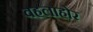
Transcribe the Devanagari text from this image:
वहलाहोर